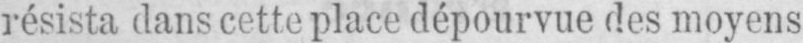
résista dans cette place dépourvue des moyens